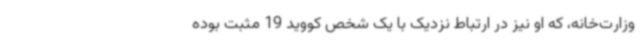
وزارت‌خانه، که او نیز در ارتباط نزدیک با یک شخص کووید 19 مثبت بوده